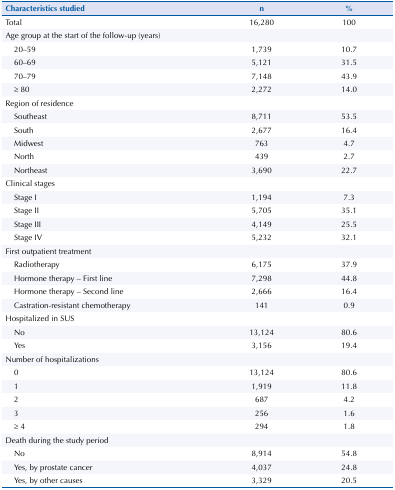
<table><thead><tr><td><b>Characteristics studied</b></td><td><b>n</b></td><td><b>%</b></td></tr></thead><tbody><tr><td>Total</td><td>16,280</td><td>100</td></tr><tr><td>Age group at the start of the follow-up (years)</td><td> </td><td> </td></tr><tr><td>20–59</td><td>1,739</td><td>10.7</td></tr><tr><td>60–69</td><td>5,121</td><td>31.5</td></tr><tr><td>70–79</td><td>7,148</td><td>43.9</td></tr><tr><td>≥ 80</td><td>2,272</td><td>14.0</td></tr><tr><td>Region of residence</td><td> </td><td> </td></tr><tr><td>Southeast</td><td>8,711</td><td>53.5</td></tr><tr><td>South</td><td>2,677</td><td>16.4</td></tr><tr><td>Midwest</td><td>763</td><td>4.7</td></tr><tr><td>North</td><td>439</td><td>2.7</td></tr><tr><td>Northeast</td><td>3,690</td><td>22.7</td></tr><tr><td>Clinical stages</td><td> </td><td> </td></tr><tr><td>Stage I</td><td>1,194</td><td>7.3</td></tr><tr><td>Stage II</td><td>5,705</td><td>35.1</td></tr><tr><td>Stage III</td><td>4,149</td><td>25.5</td></tr><tr><td>Stage IV</td><td>5,232</td><td>32.1</td></tr><tr><td>First outpatient treatment</td><td> </td><td> </td></tr><tr><td>Radiotherapy</td><td>6,175</td><td>37.9</td></tr><tr><td>Hormone therapy – First line</td><td>7,298</td><td>44.8</td></tr><tr><td>Hormone therapy – Second line</td><td>2,666</td><td>16.4</td></tr><tr><td>Castration-resistant chemotherapy</td><td>141</td><td>0.9</td></tr><tr><td>Hospitalized in SUS</td><td> </td><td> </td></tr><tr><td>No</td><td>13,124</td><td>80.6</td></tr><tr><td>es</td><td>3,156</td><td>19.4</td></tr><tr><td>Number of hospitalizations</td><td> </td><td> </td></tr><tr><td>0</td><td>13,124</td><td>80.6</td></tr><tr><td>1</td><td>1,919</td><td>11.8</td></tr><tr><td>2</td><td>687</td><td>4.2</td></tr><tr><td>3</td><td>256</td><td>1.6</td></tr><tr><td>≥ 4</td><td>294</td><td>1.8</td></tr><tr><td>Death during the study period</td><td> </td><td> </td></tr><tr><td>No</td><td>8,914</td><td>54.8</td></tr><tr><td>Yes, by prostate cancer</td><td>4,037</td><td>24.8</td></tr><tr><td>Yes, by other causes</td><td>3,329</td><td>20.5</td></tr></tbody></table>